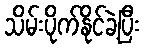
သိမ်းပိုက်နိုင်ခဲ့ပြီး